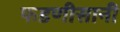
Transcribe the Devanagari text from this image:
फडणीसानी